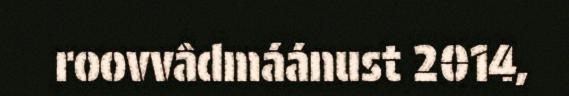
roovvâdmáánust 2014,